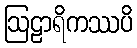
ဩဠာရိကဿပိ